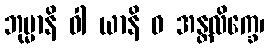
ဘုမ္မာနိ ဝါ ယာနိ ဝ အန္တလိက္ခေ၊